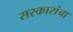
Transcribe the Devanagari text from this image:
सरकारांचा